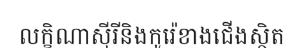
លក្ខិណាស៊ីរីនិងកូរ៉េខាងជើងស្ថិត